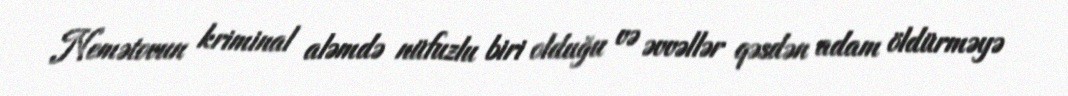
Nemətovun kriminal aləmdə nüfuzlu biri olduğu və əvvəllər qəsdən adam öldürməyə